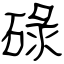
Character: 碌